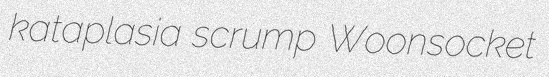
kataplasia scrump Woonsocket